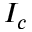
I _ { c }